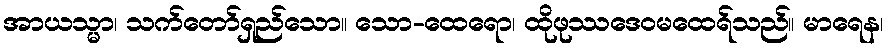
အာယသ္မာ၊ သက်တော်ရှည်သော။ သော-ထေရော၊ ထိုဖုဿဒေဝမထေရ်သည်။ မာရေန၊